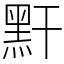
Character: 䵟